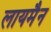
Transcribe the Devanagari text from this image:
लायमैन